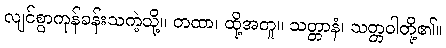
လျင်စွာကုန်ခန်းသကဲ့သို့။ တထာ၊ ထို့အတူ။ သတ္တာနံ၊ သတ္တဝါတို့၏။